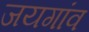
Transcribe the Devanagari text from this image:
जयगांव